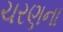
ચરણના